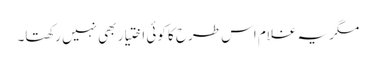
مگر یہ غلام اس طرح کا کوئی اختیار بھی نہیں رکھتا۔